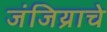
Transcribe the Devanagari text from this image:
जंजिय्राचे